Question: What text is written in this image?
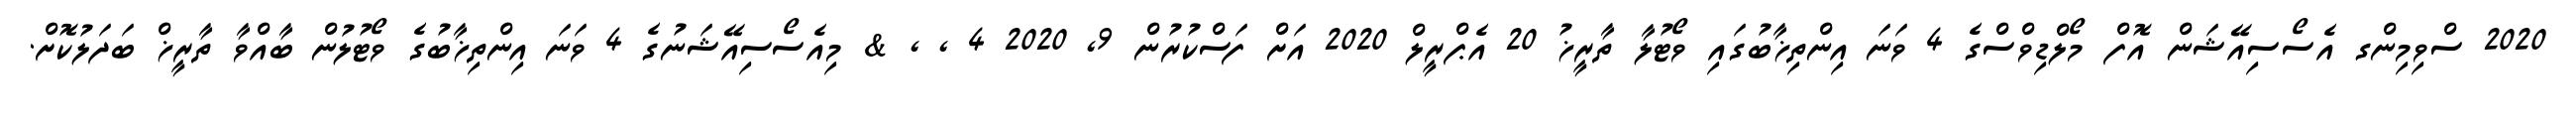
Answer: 2020 ސްވިމިންގ އެސޯސިއޭޝަން އޮފް މޯލްޑިވްސްގެ 4 ވަނަ އިންތިޚާބުގައި ވޯޓުލާ ތާރީޚު 20 އެޕްރީލް 2020 އަށް ފަސްކުރުން 9, 2020 4 , , & މިއެސޯސިއޭޝަނުގެ 4 ވަނަ އިންތިޚާބުގެ ވޯޓުލުން ބާއްވާ ތާރީޚް ބަދަލުކޮށް.